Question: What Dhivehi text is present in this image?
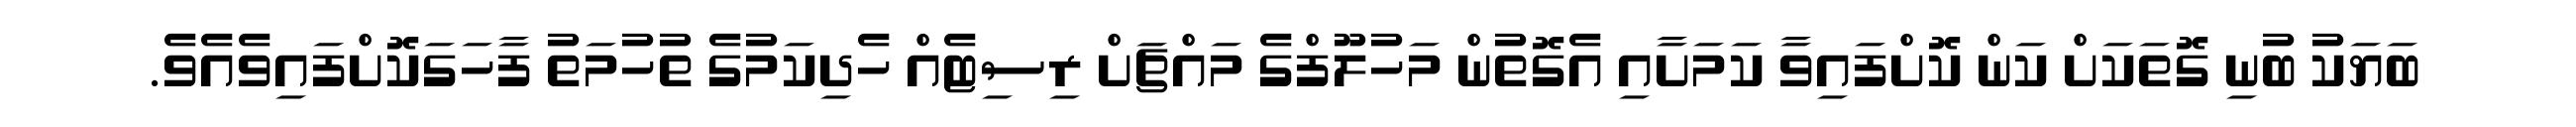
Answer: ބަޔަކު ބުނި ގޮތަކަށް ކަން ކޮށްފައިވާ ކަމަށާއި އެގޮތުން މަހުލޫފްގެ މައްޗަށް ރިސިޓެއް ހެދިކަމުގެ ތުހުމަތު ފާހަގަކޮށްފައިވެއެވެ.